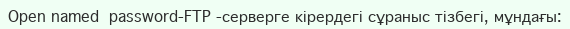
Open named  password-FTP -серверге кірердегі сұраныс тізбегі, мұндағы: